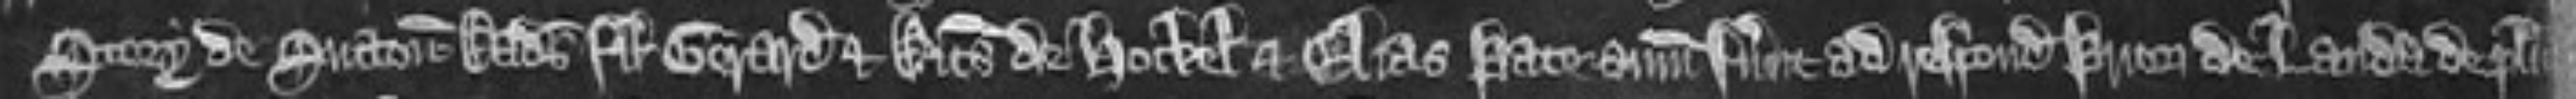
Story de Sutton Radulfus filius Gerardi et Ricardus de Hockel et Elias Pate summoniti fuerunt ad respondendum priori de Landa de placito